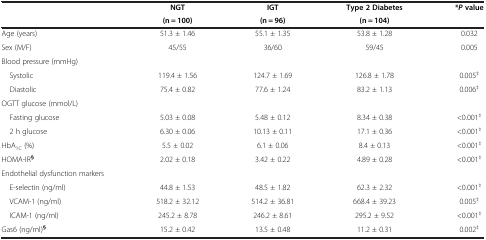
|  | NGT | IGT | Type 2 Diabetes | *P value |
 |  | (n = 100) | (n = 96) | (n = 104) |  |
 | --- | --- | --- | --- | --- |
 | Age (years) | 51.3 ± 1.46 | 55.1 ± 1.35 | 53.8 ± 1.28 | 0.032 |
 | Sex (M/F) | 45/55 | 36/60 | 59/45 | 0.005 |
 | Blood pressure (mmHg) |  |  |  |  |
 | Systolic | 119.4 ± 1.56 | 124.7 ± 1.69 | 126.8 ± 1.78 | 0.005‡ |
 | Diastolic | 75.4 ± 0.82 | 77.6 ± 1.24 | 83.2 ± 1.13 | 0.006‡ |
 | OGTT glucose (mmol/L) |  |  |  |  |
 | Fasting glucose | 5.03 ± 0.08 | 5.48 ± 0.12 | 8.34 ± 0.38 | <0.001‡ |
 | 2 h glucose | 6.30 ± 0.06 | 10.13 ± 0.11 | 17.1 ± 0.36 | <0.001‡ |
 | HbA1C (%) | 5.5 ± 0.02 | 6.1 ± 0.06 | 8.4 ± 0.13 | <0.001‡ |
 | HOMA-IR§ | 2.02 ± 0.18 | 3.42 ± 0.22 | 4.89 ± 0.28 | <0.001‡ |
 | Endothelial dysfunction markers |  |  |  |  |
 | E-selectin (ng/ml) | 44.8 ± 1.53 | 48.5 ± 1.82 | 62.3 ± 2.32 | <0.001‡ |
 | VCAM-1 (ng/ml) | 518.2 ± 32.12 | 514.2 ± 36.81 | 668.4 ± 39.23 | 0.005‡ |
 | ICAM-1 (ng/ml) | 245.2 ± 8.78 | 246.2 ± 8.61 | 295.2 ± 9.52 | <0.001‡ |
 | Gas6 (ng/ml)§ | 15.2 ± 0.42 | 13.5 ± 0.48 | 11.2 ± 0.31 | 0.002‡ |